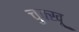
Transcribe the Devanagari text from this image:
चुक्खू